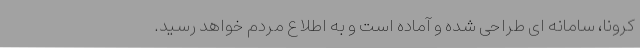
کرونا، سامانه ای طراحی شده و آماده است و به اطلاع مردم خواهد رسید.